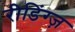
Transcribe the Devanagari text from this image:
रीडिंग्ज़